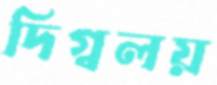
দিগ্বলয়